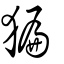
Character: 猵